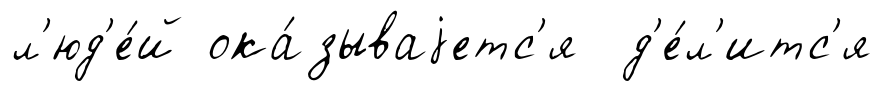
л'юд'е́й ока́зываjетс'я д'е́л'итс'я